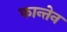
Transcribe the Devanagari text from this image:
फान्तेन